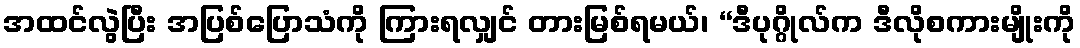
အထင်လွဲပြီး အပြစ်ပြောသံကို ကြားရလျှင် တားမြစ်ရမယ်၊ “ဒီပုဂ္ဂိုလ်က ဒီလိုစကားမျိုးကို